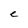
Character: e